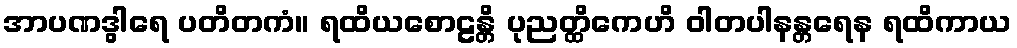
အာပဏဒွါရေ ပတိတကံ။ ရထိယစောဠန္တိ ပုညတ္ထိကေဟိ ဝါတပါနန္တရေန ရထိကာယ